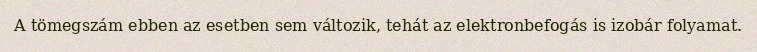
A tömegszám ebben az esetben sem változik, tehát az elektronbefogás is izobár folyamat.